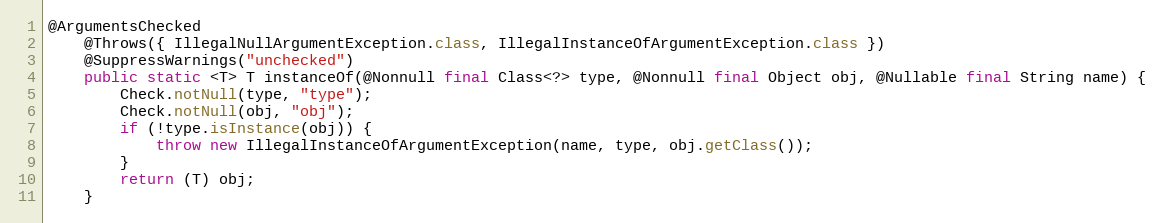
Language: Java
@ArgumentsChecked
	@Throws({ IllegalNullArgumentException.class, IllegalInstanceOfArgumentException.class })
	@SuppressWarnings("unchecked")
	public static <T> T instanceOf(@Nonnull final Class<?> type, @Nonnull final Object obj, @Nullable final String name) {
		Check.notNull(type, "type");
		Check.notNull(obj, "obj");
		if (!type.isInstance(obj)) {
			throw new IllegalInstanceOfArgumentException(name, type, obj.getClass());
		}
		return (T) obj;
	}